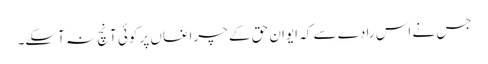
جس نے اس رادے سے کہ ایوان حق کے چراغاں پر کوئی آنچ نہ آسکے۔